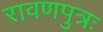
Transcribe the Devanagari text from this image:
रावणपुत्रः